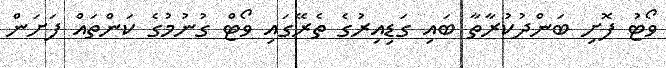
ވޯޓު ފޮށި ބަންދުކުރާތާ ބައި ގަޑިއިރުގެ ތެރޭގައި ވޯޓް ގުނުމުގެ ކަންތައް ފަށަން